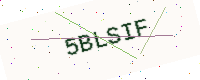
Text: 5BLSIF